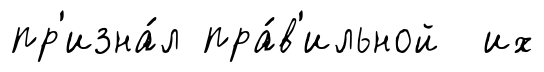
пр'изна́л пра́в'ильной их